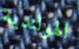
الهولندية